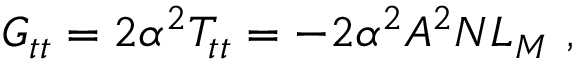
G _ { t t } = 2 \alpha ^ { 2 } T _ { t t } = - 2 \alpha ^ { 2 } A ^ { 2 } N L _ { M } \ ,